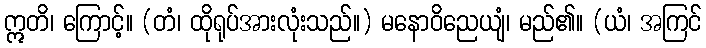
ဣတိ၊ ကြောင့်။ (တံ၊ ထိုရုပ်အားလုံးသည်။) မနောဝိညေယျံ၊ မည်၏။ (ယံ၊ အကြင်